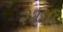
૨૨૬૦